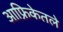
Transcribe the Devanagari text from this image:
आफ्रिकेतले